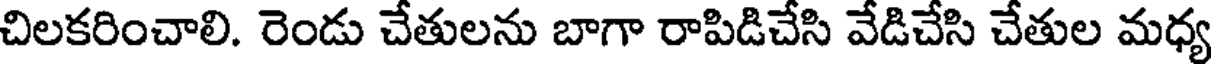
చిలకరించాలి. రెండు చేతులను బాగా రాపిడిచేసి వేడిచేసి చేతుల మధ్య